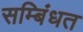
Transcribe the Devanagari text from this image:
सम्बिंधत